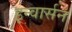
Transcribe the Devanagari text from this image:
इन्वार्सन